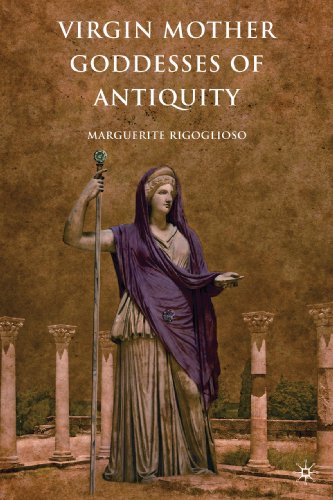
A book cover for Virgin Mother Goddesses of Antiquity; Marguerite Rigoglioso; Christian Books & Bibles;